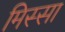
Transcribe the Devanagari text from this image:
मिस्सा